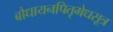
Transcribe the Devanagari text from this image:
बौधायनपितृमेधसूत्र